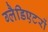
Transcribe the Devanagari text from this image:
ग्लैडिएटरों